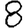
Digit: 8